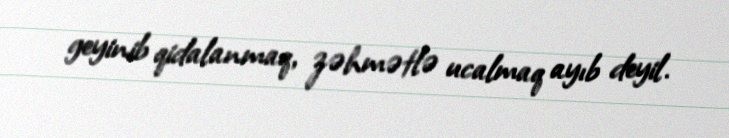
geyinib qidalanmaq, zəhmətlə ucalmaq ayıb deyil.